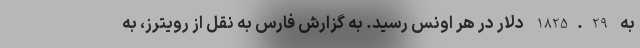
به 1825.29 دلار در هر اونس رسید. به گزارش فارس به نقل از رویترز، به